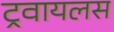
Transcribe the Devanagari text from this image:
ट्रवायलस